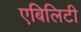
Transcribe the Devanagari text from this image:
एबिलिटी